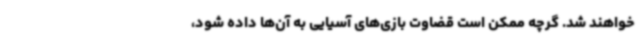
خواهند شد. گرچه ممکن است قضاوت بازی‌های آسیایی به آن‌ها داده شود،